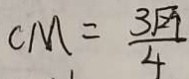
C M = \frac { 3 \sqrt { 2 9 } } { 4 }